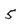
Character: 5